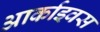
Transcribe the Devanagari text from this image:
आर्काइवस